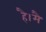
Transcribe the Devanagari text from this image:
है।मै